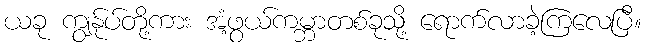
ယခု ကျွန်ုပ်တို့ကား အံ့ဖွယ်ကမ္ဘာတစ်ခုသို့ ရောက်လာခဲ့ကြလေပြီ။